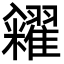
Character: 糴